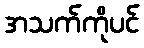
အသက်ကိုပင်